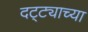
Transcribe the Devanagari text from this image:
दट्ट्याच्या